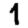
Digit: 1